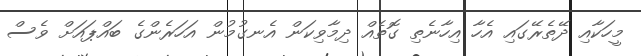
މީހަކާއި ދޭތެރޭގައި އެހާ އިހާނެތި ގޮތެއް ދިމާވިކަން އެނގުމުން އަހަރެންގެ ބައްޕައަށް ވެސް